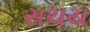
સચય